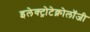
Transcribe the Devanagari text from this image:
इलेक्ट्रोटेक्नोलॉजी